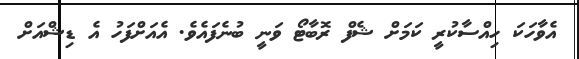
އެވާހަކަ ހިއްސާކުރީ ކަމަށް ޝެފް ރޮބާޓޯ ވަނީ ބުނެފައެވެ. އެއަށްފަހު އެ ޑިޝްއަށް